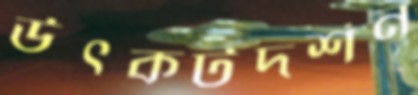
উৎকটদর্শন